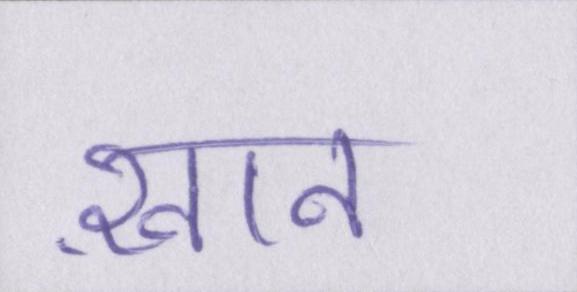
ख़ान